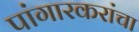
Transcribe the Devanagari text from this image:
पांगारकरांचा